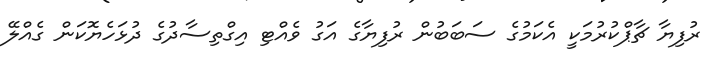
ރުފިޔާ ޗާޕްކުރުމަކީ އެކަމުގެ ސަބަބުން ރުފިޔާގެ އަގު ވެއްޓި އިގްތިސާދުގެ ދުޅަހެޔޮކަން ގެއްލޭ